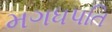
મગધપતિ